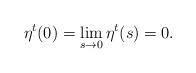
LaTeX: \begin{align*}\eta^t(0)=\lim_{s\to 0}\eta^t(s)=0.\end{align*}